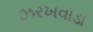
ઝરખવાડા